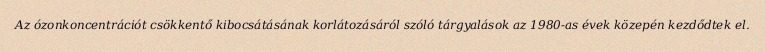
Az ózonkoncentrációt csökkentő kibocsátásának korlátozásáról szóló tárgyalások az 1980-as évek közepén kezdődtek el.